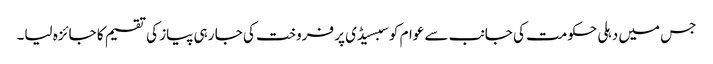
جس میں دہلی حکومت کی جانب سے عوام کو سبسیڈی پر فروخت کی جا رہی پیاز کی تقسیم کا جائزہ لیا۔